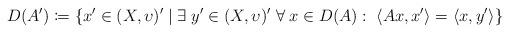
LaTeX: \begin{align*}D(A')\coloneqq\{x'\in(X,\upsilon)'\;|\;\exists\;y'\in(X,\upsilon)'\;\forall\;x\in D(A):\;\langle Ax,x' \rangle=\langle x, y' \rangle\}\end{align*}